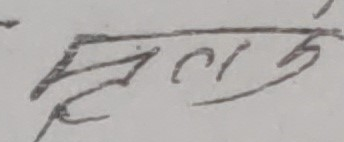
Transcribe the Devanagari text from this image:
स्वरूप